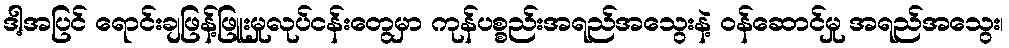
ဒါ့အပြင် ရောင်းချဖြန့်ဖြူးမှုလုပ်ငန်းတွေမှာ ကုန်ပစ္စည်းအရည်အသွေးနဲ့ ဝန်ဆောင်မှု အရည်အသွေး၊